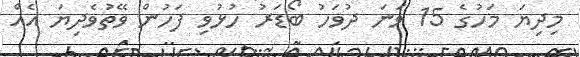
މިދިޔަ މަހުގެ 15 ވަނަ ދުވަހު ބޯޑަރު ހުޅުވި ފަހުން ވޭތުވެދިޔަ އެއް